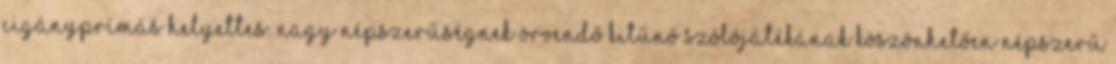
cigányprímás helyettes. Nagy népszerűségnek örvendő kitűnő szólójátékának köszönhetően népszerű